Civil Veterinary Department. Madras. Admin. report 1910-25 - 1910-1925
Year: 1910
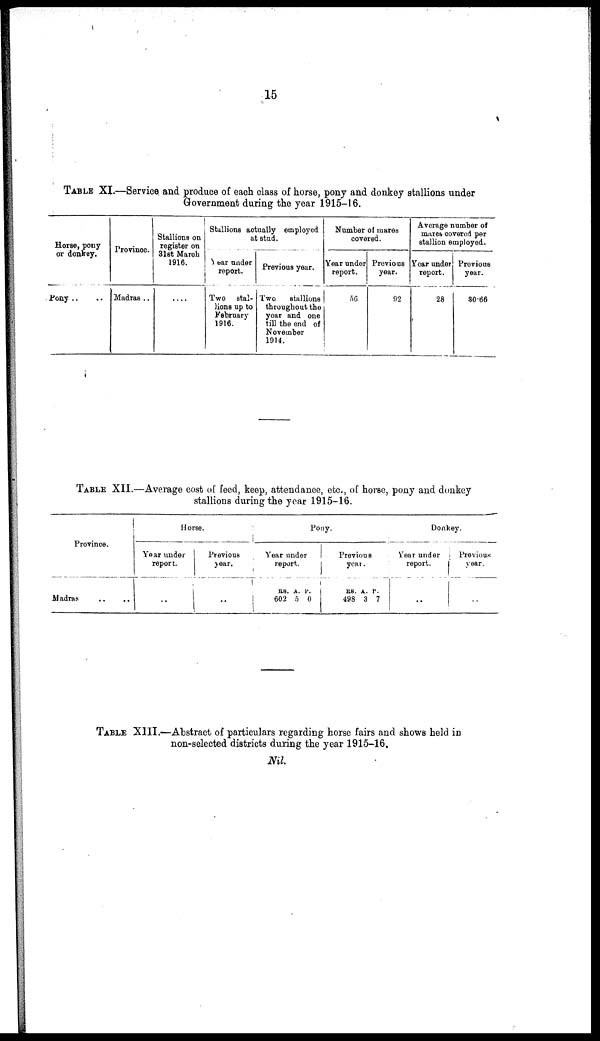
15
TABLE XI.—Service and produce of each class of horse, pony and donkey stallions under
Government during the year 1915-16.
Horse, pony
or donkey.
Pony .. ..
Province.
Madras ..
Stallions on
register on
31st March
1916.
....
Stallions actually employed
at stud.
Year under
report.
Two stal-
lions up to
February
1916.
Previous year.
Two
stallions
throughout the
year and one
till the end of
November
1914.
Number of mares
covered.
Year under
report.
56
Previous
year.
92
Average number of
mares covered per
stallion employed.
Year under
report.
28
Previous
year.
30.66
TABLE XII.—Average cost of feed, keep, attendance, etc., of horse, pony and donkey
stallions during the year 1915-16.
Province.
Madras .. ..
Horse.
Year under
report.
..
Previous
year.
..
Pony.
Year under
report.
RS.
602
A.
5
P.
0
Previous
year.
RS.
498
A.
3
P.
7
Donkey.
Year under
report.
..
Previous
year.
..
TABLE XIII.—Abstract of particulars regarding horse fairs and shows held in
non-selected districts during the year 1915-16.
Nil.